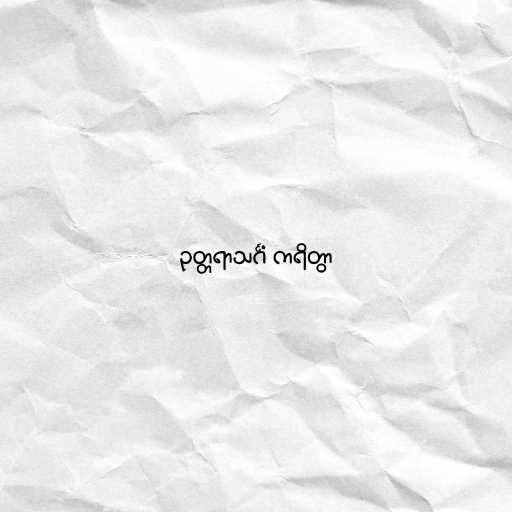
ဥတ္တရာသင်္ဂံ ကရိတွာ